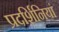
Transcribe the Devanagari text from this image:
प्रदर्शिनियां